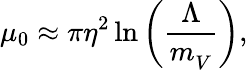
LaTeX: \mu_{0}\approx\pi\eta^{2}\ln\left(\frac{\Lambda}{m_{V}^{}}\right),